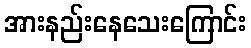
အားနည်းနေသေးကြောင်း